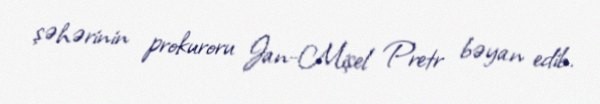
şəhərinin prokuroru Jan-Mişel Pretr bəyan edib.